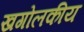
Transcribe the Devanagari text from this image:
खगोलकीय